Report of the Indian Hemp Drugs Commission, 1894-1895 - Volume VI
Year: 1894
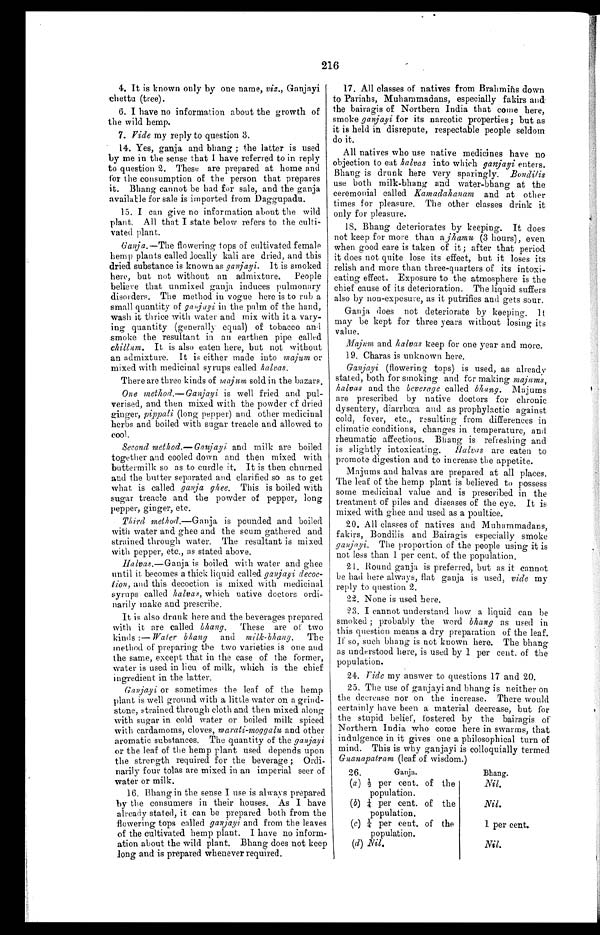
216
4. It is known only by one name, viz., Ganjayi
chettu (tree).
6. I have no information about the growth of
the wild hemp.
7. Vide my reply to question 3.
14. Yes, ganja and bhang ; the latter is used
by me in the sense that I have referred to in reply
to question 2. These are prepared at home and
for the consumption of the person that prepares
it. Bhang cannot be had for sale, and the ganja
available for sale is imported from Daggupadu.
15. I can give no information about the wild
plant. All that I state below refers to the culti-
- v a t e d p l a n t .
Ganja.— The flowering tops of cultivated female
hemp plants called locally kali are dried, and this
dried substance is known as ganjayi. It is smoked
here, but not without an admixture, People
believe that unmixed ganja induces pulmonary
disorders. The method in vogue here is to rub a
small quantity of ganjayi in the palm of the hand,
wash it thrice with water and mix with it a vary
-ing quantity (generally equal) of tobacco and
smoke the resultant in an earthen pipe called
chillum. It is also eaten here, but not without
an admixture. It is either made into majum or
mixed with medicinal syrups called halvas.
There are three kinds of majum sold in the bazars.
One method.—Ganjayi is well fried and pul
-verised, and then mixed with the powder of dried
ginger, pippali (long pepper) and other medicinal
herbs and boiled with sugar treacle and allowed to
cool.
Second method.—Ganjayi and milk are boiled
together and cooled down and then mixed with
buttermilk so as to curdle it. It is then churned
and the butter separated and clarified so as to get
what is called ganja ghee. This is boiled with
sugar treacle and the powder of pepper, long
pepper, ginger, etc.
Third method.—Ganja is pounded and boiled
with water and ghee and the scum gathered and
strained through water. The resultant is mixed
with pepper, etc., as stated above.
Halvas .—Ganja is boiled with water and ghee
until it becomes a thick liquid called ganjayi decoc
-tion, and this decoction is mixed with medicinal
syrups called halvas, which native doctors ordi--
narily make and prescribe.
It is also drunk here and the beverages prepared
with it are called bhang. These are of two
kinds :— Water bhang and milk-bhang. The
method of preparing the two varieties is one and
the same, except that in the case of the former,
water is used in lieu of milk, which is the chief
ingredient in the latter.
Ganjayi or sometimes the leaf of the hemp
plant is well ground with a little water on a grind-
stone, strained through cloth and then mixed along
with sugar in cold water or boiled milk spiced
with cardamoms, cloves, marati-moggalu and other
aromatic substances. The quantity of the ganjayi
or the leaf of the hemp plant used depends upon
the strength required for the beverage ; Ordi
-narily four tolas are mixed in an imperial seer of
water or milk.
16. Bhang in the sense I use is always prepared
by the consumers in their houses. As I have
already stated, it can be prepared both from the
flowering tops called ganjayi and from the leaves
of the cultivated hemp plant. I have no inform
- a t i o n a b o u t t h e w i l d p l a n t . B h a n g d o e s n o t k e e p
long and is prepared whenever required.
17. All classes of natives from Brahmins down
to Pariahs, Muhammadans, especially fakirs and.
the bairagis of Northern India that come here,
smoke ganjayi for its narcotic properties; but as
it is held in disrepute, respectable people seldom
do it.
All natives who use native medicines have no
objection to eat halvas into which ganjayi enters.
Bhang is drunk here very sparingly. Bondilis
use both milk-bhang and water-bhang at the
ceremonial called Kamadahanam and at other
times for pleasure. The other classes drink it
only for pleasure.
Bhang deteriorates by keeping. It does
not keep for more than a jhamu (3 hours), even
when good care is taken of it ; after that period
it does not quite lose its effect, but it loses its
relish and more than three-quarters of its intoxi
- c a t i n g e f f e c t . E x p o s u r e t o t h e a t m o s p h e r e i s t h e
chief cause of its deterioration. The liquid suffers
also by non-exposure, as it putrifies and gets sour.
Ganja does not deteriorate by keeping. It
may be kept for three years without losing its
value.
Majum and halvas keep for one year and more.
19. Charas is unknown here.
Ganjayi (flowering tops) is used, as already
stated, both for smoking and for making maj ums,
halvas and the beverage called bhang. Majums
are prescribed by native doctors for chronic
dysentery, diarrhœa and as prophylactic against
cold, fever, etc., resulting from differences in
climatic conditions, changes in temperature, and
rheumatic affections. Bhang is refreshing and
is slightly intoxicating. Halves are eaten to
promote digestion and to increase the appetite.
Majums and halvas are prepared at all places.
The leaf of the hemp plant is believed to possess
some medicinal value and is prescribed in the
treatment of piles and diseases of the eye. It is
mixed with ghee and used as a poultice.
20. All classes of natives and Muhammadans,
fakirs, Bondilis and Bairagis especially smoke
ganjayi. The proportion of the people using it is
not less than 1 per cent. of the population.
21. Round ganja is preferred, but as it cannot
be had here always, flat ganja is used, vide my
reply to question 2.
22. None is used here
23. I cannot understand how a liquid can be
smoked ; probably the word bhang as used in
this question means a dry preparation of the leaf.
If so, such bhang is not known here. The bhang
as understood here, is used by 1 per cent. of the
population.
24. Vide my answer to questions 17 and 20.
25. The use of ganjayi and bhang is neither on
the decrease nor on the increase. There would
certainly have been a material decrease, but for
the stupid belief, fostered by the bairagis of
Northern India who come here in swarms, that
indulgence in it gives one a philosophical turn of
mind. This is why ganjayi is colloquially termed
Gnanapatram (leaf of wisdom.)
26.
Ganja.
Bhang.
(a) ½ per cent. of the
population.
N i l .
(b) ¼ per cent. of the
population.
Nil.
(c) ¼ per cent. of the
population.
1 per cent.
(d) Nil.
Nil.